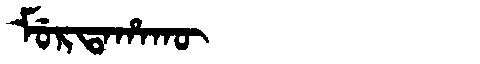
Manchu: ᠮᡠᡵᡨᠠᡥᠠᡴᡡ
Romanization: MURTAHAKŪ